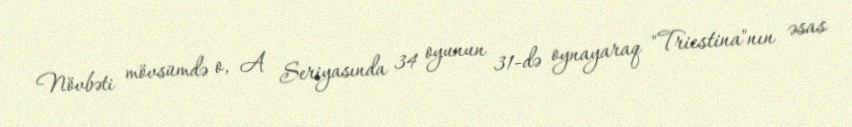
Növbəti mövsümdə o, A Seriyasında 34 oyunun 31-də oynayaraq "Triestina"nın əsas